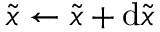
\tilde { { \boldsymbol { x } } } \gets \tilde { { \boldsymbol { x } } } + \mathrm { d } \tilde { { \boldsymbol { x } } }